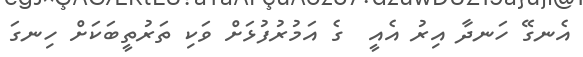
އެނގޭ ހަނދާ އިރު އެއީ  ގެ އަމުރުފުޅަށް ވަކި ތަރުތީބަކަށް ހިނގަ